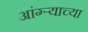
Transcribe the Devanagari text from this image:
आंग्र्‍याच्या